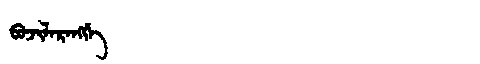
Manchu: ᠪᠣᠵᡳᠯᠠᡵᠠᠩᡤᡝ
Romanization: BOJILARANGGE